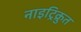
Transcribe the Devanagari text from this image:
नाइट्रिक्रुत